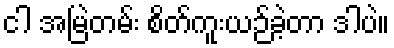
ငါ အမြဲတမ်း စိတ်ကူးယဉ်ခဲ့တာ ဒါပဲ။